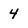
Character: 4